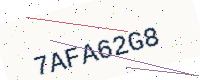
Text: 7AFA62G8